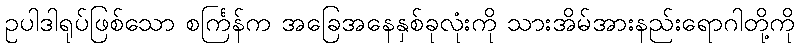
ဥပါဒါရုပ်ဖြစ်သော စင်္ကြန်က အခြေအနေနှစ်ခုလုံးကို သားအိမ်အားနည်းရောဂါတို့ကို